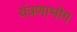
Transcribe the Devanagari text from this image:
यंत्रणाभोग